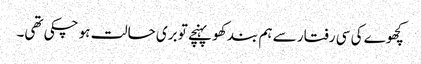
کچھوے کی سی رفتار سے ہم بند کھو پہنچے تو بری حالت ہو چکی تھی۔